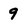
Character: 9